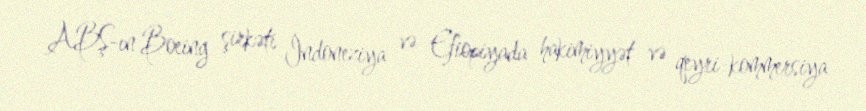
ABŞ-ın Boeing şirkəti İndoneziya və Efiopiyada hakimiyyət və qeyri-kommersiya